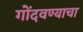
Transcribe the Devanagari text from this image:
गोंदवण्याचा